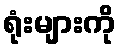
ရုံးများကို